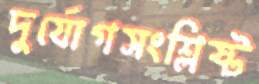
দুর্যোগসংশ্লিষ্ট